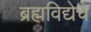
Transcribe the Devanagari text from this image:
ब्रह्मविद्येचे